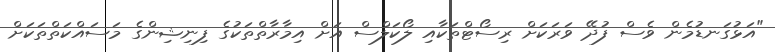
"އަޅުގަނޑުމެން ވެސް ފުދޭ ވަރަކަށް ރިސޯޓްތަކާއި ލޯކަލްސް އަށް އިމާރާތްތަކުގެ ފިނިޝިންގެ މަސައްކަތްތަކަށް